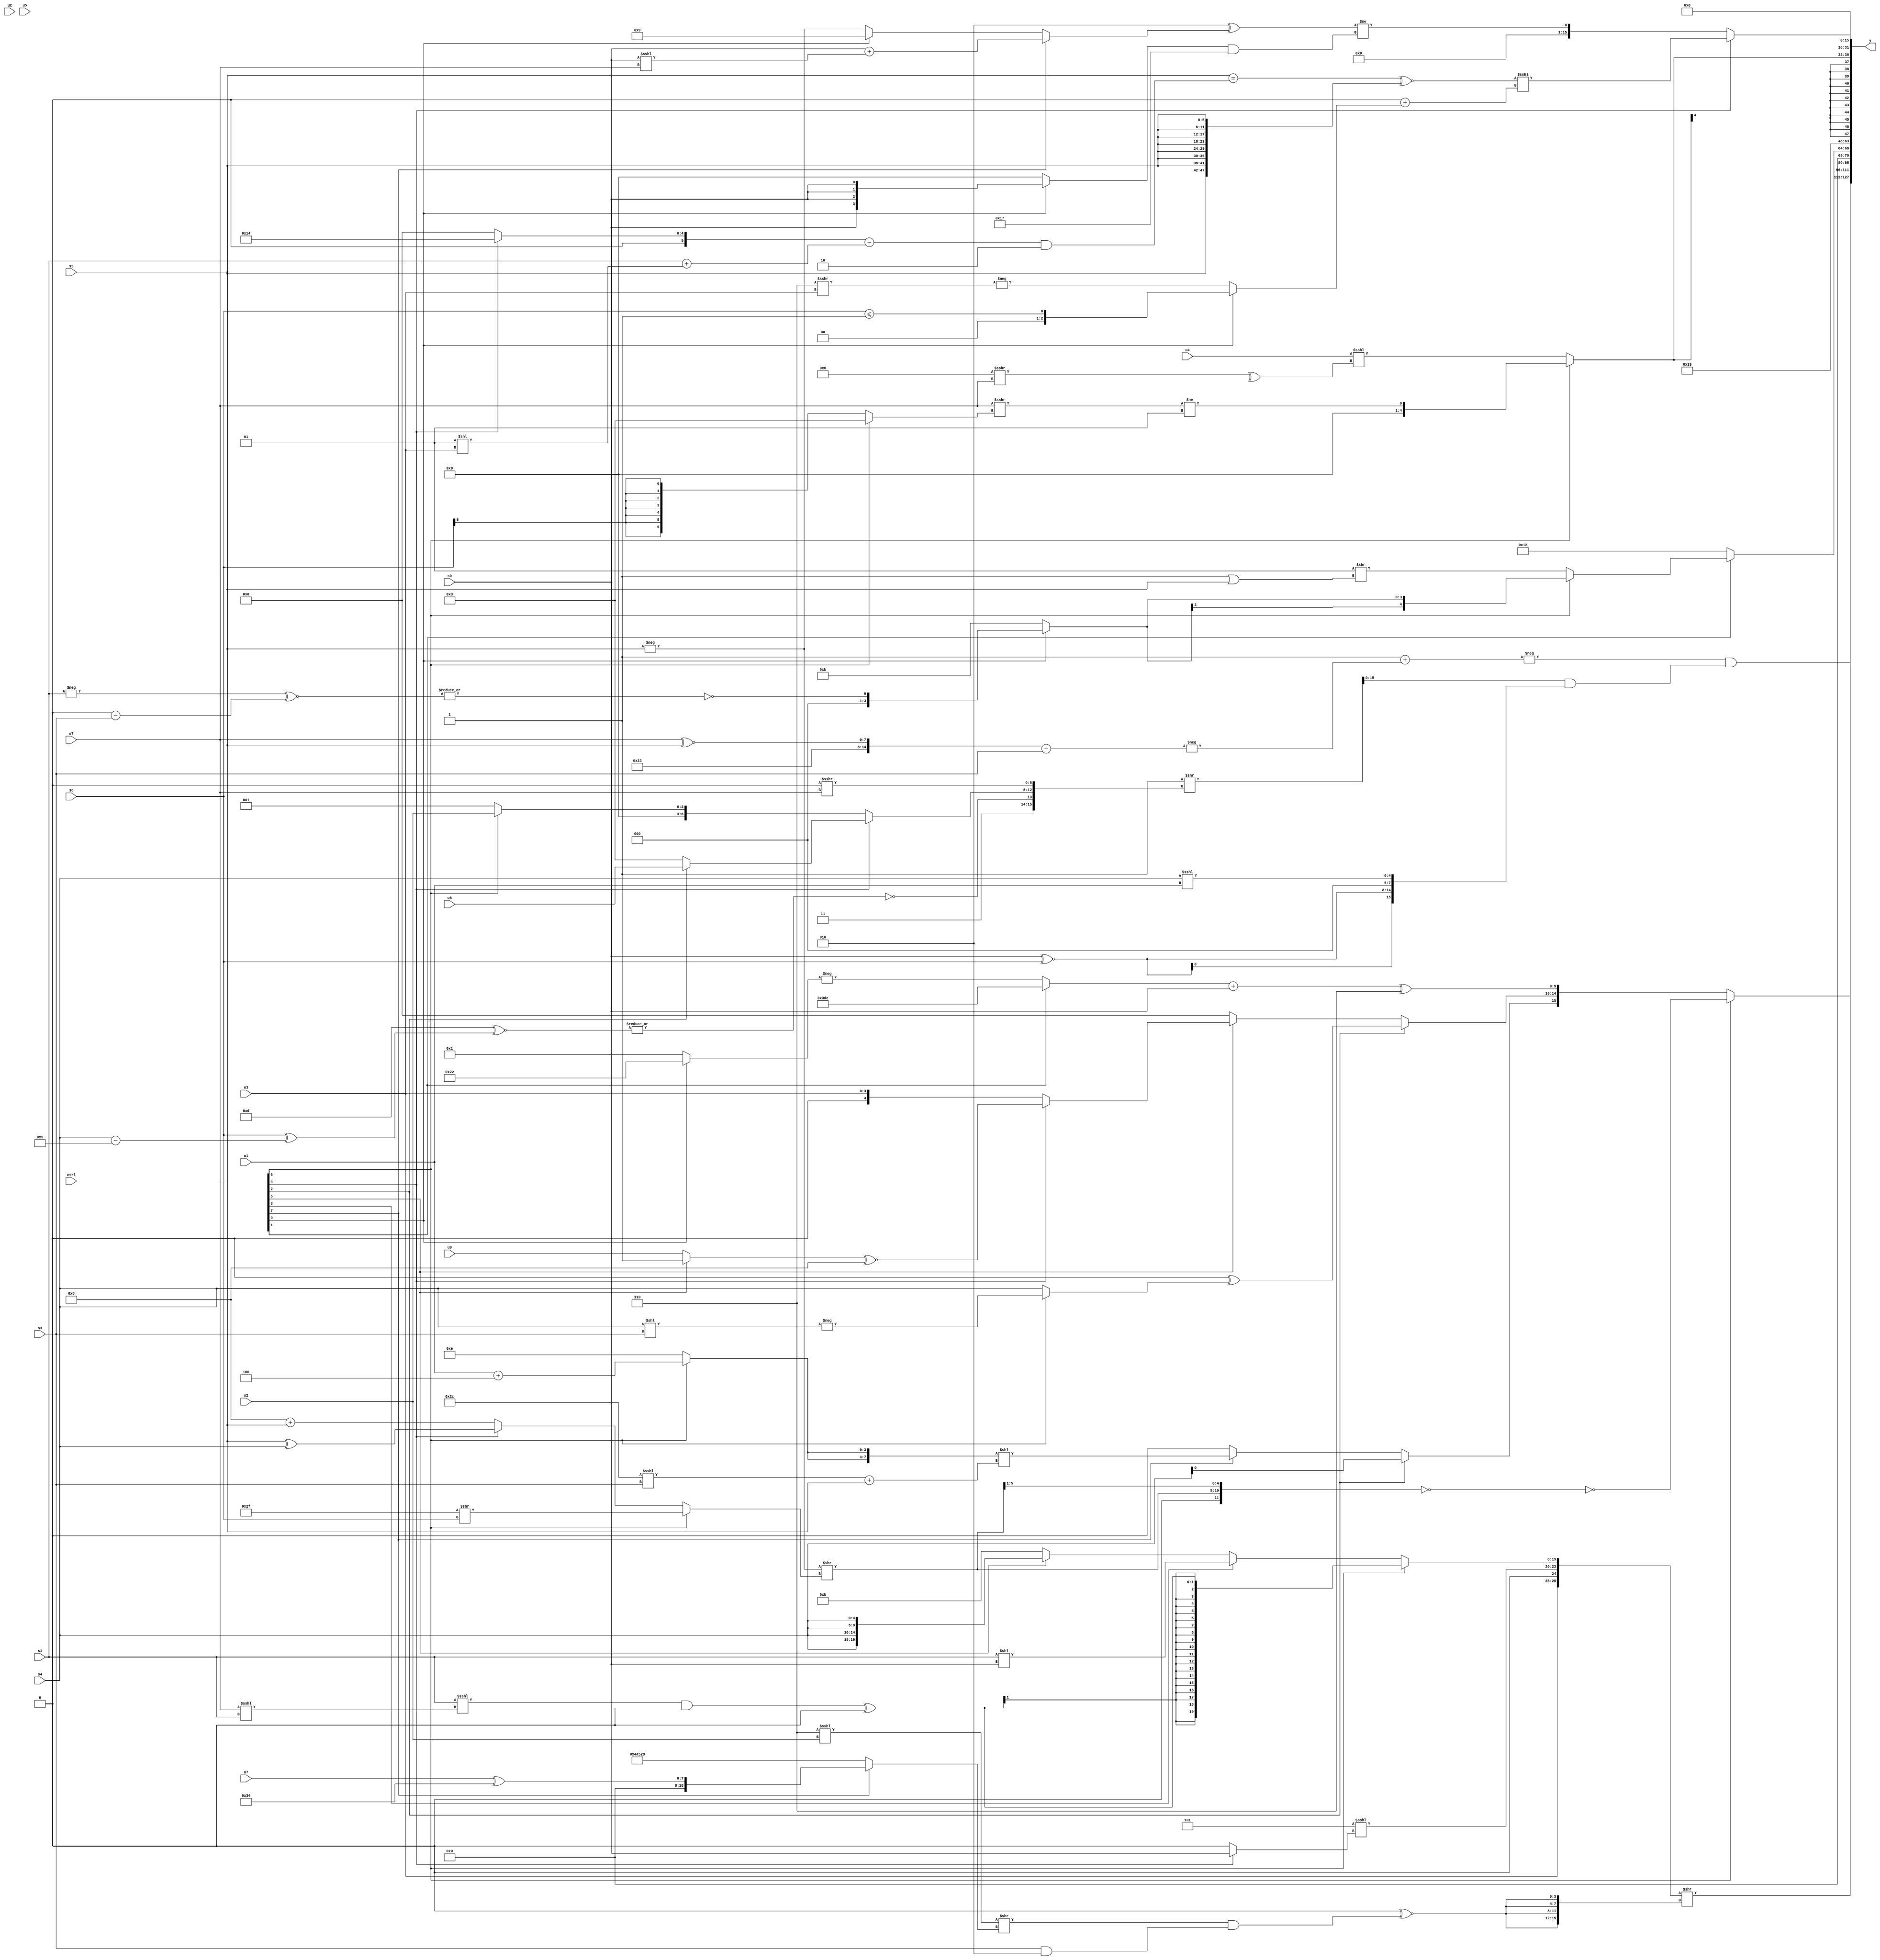
module wideexpr_00954(ctrl, u0, u1, u2, u3, u4, u5, u6, u7, s0, s1, s2, s3, s4, s5, s6, s7, y);
  input [7:0] ctrl;
  input [0:0] u0;
  input [1:0] u1;
  input [2:0] u2;
  input [3:0] u3;
  input [4:0] u4;
  input [5:0] u5;
  input [6:0] u6;
  input [7:0] u7;
  input signed [0:0] s0;
  input signed [1:0] s1;
  input signed [2:0] s2;
  input signed [3:0] s3;
  input signed [4:0] s4;
  input signed [5:0] s5;
  input signed [6:0] s6;
  input signed [7:0] s7;
  output [127:0] y;
  wire [15:0] y0;
  wire [15:0] y1;
  wire [15:0] y2;
  wire [15:0] y3;
  wire [15:0] y4;
  wire [15:0] y5;
  wire [15:0] y6;
  wire [15:0] y7;
  assign y = {y0,y1,y2,y3,y4,y5,y6,y7};
  assign y0 = (-((2'sb11)+(-(($signed({(2'sb00)>>>(4'sb0011),(6'sb100011)+(1'sb0),(s7)^~(s5)}))-(s3)))))&((($signed({4{({2{5'b11101}})<({2{6'b011101}})}}))>>({2'sb11,~|((5'sb01101)^~((+(s6))^((s4)-(6'sb000101)))),((ctrl[4]?+((ctrl[2]?u6:2'sb11)):(ctrl[6]?$signed(s2):2'sb01)))<<<(((ctrl[4]?$signed(u3):(s3)>>>(6'sb100011)))<<<($signed($unsigned(6'b000101)))),((-(+(3'b100)))&(($signed(6'sb101100))>>(4'sb1111)))>>>($unsigned(s7))}))&($signed({(+(5'sb01011))-(s7),{s5,(ctrl[5]?$signed((4'sb0110)>>(s4)):1'sb1)},{(s0)>=(2'sb00),{4{($signed(s0))^~(s6)}},$unsigned((3'sb010)>>($signed(3'sb111))),$signed($signed((s4)<<<(u1)))}})));
  assign y1 = ({u3,|(~({3{3'b111}})),(4'sb1101)<<<((ctrl[4]?s0:!(4'sb0111))),(ctrl[6]?($signed((($signed(s1))<<<((s7)<<<(s1)))&(((1'sb0)>>>(u3))>>(5'sb11111))))^($signed((ctrl[6]?$unsigned((2'sb11)>>(6'sb011010)):1'b0))):(ctrl[3]?(s1)<<(s0):$signed((ctrl[5]?{4{$unsigned(s4)}}:5'sb01011))))})>>({4{(+(((-($unsigned(4'sb1100)))>(+({2{1'sb0}})))&(($unsigned(1'b1))>>>(($unsigned(4'sb0010))<<((4'sb0101)!=(5'sb11001))))))^~((((3'sb110)<<<(s2))>>((ctrl[7]?$signed((u7)^(6'sb110100)):{4{$signed(5'sb01001)}})))&($signed(+((s3)&(3'sb010)))))}});
  assign y2 = (ctrl[6]?~(!(({2{(-(+(s5)))>>((ctrl[6]?$signed((6'sb101111)>>(s6)):(ctrl[4]?(s5)^(s4):(6'sb111000)+(s5))))}})>>(^(~|((({1'sb1,3'b110})^((6'b100001)|(5'b11101)))>>(+({2'sb01,6'sb010010,1'sb0}))))))):{~((s7)^((+((6'sb100010)|(s1)))^~((s0)>>(($signed((ctrl[3]?s1:1'b1)))&((5'sb10001)>>>(u4)))))),(ctrl[2]?s4:(ctrl[7]?(ctrl[2]?({{4{{s2}}},-(~(s0)),(6'sb101000)<<<((s0)+(3'sb110))})>=(({4{3'sb001}})-(3'sb111)):({2{(ctrl[6]?(u1)+(3'sb100):4'b1110)}})<<(((6'sb101100)<<<(s3))+(s5))):5'b10010)),$signed((ctrl[2]?(2'sb00)^(((ctrl[6]?-((s4)<<(s3)):s4))<<<(+((-(3'sb000))>=(+(2'sb01))))):(ctrl[5]?+((ctrl[4]?((ctrl[5]?2'sb01:u0))^~(-(5'sb11000)):u3)):$signed(3'sb000)))),(((ctrl[1]?$signed({2{-({2'sb00,3'sb010})}}):-((ctrl[0]?-({2{5'sb11110}}):3'sb001))))+(s0))^(5'sb00110)});
  assign y3 = {1{(ctrl[1]?(ctrl[6]?$signed((ctrl[0]?~|((-(s1))^~(((s3)<<(5'b10011))-(+(s3)))):4'sb1011)):(-(2'sb11))>>((2'sb11)|(s5))):-(5'sb01110))}};
  assign y4 = 5'b11001;
  assign y5 = $signed((ctrl[6]?((s7)>>>((ctrl[6]?(3'sb011)^~(2'sb11):(s6)>>>(4'sb1101))))!=(6'sb000001):(u4)<<<(^(($signed(4'sb0110))>>>(s7)))));
  assign y6 = (ctrl[4]?(((s5)==(+((((ctrl[4]?6'sb010100:(s1)<<<(6'b111001)))-((+(s1))+((2'sb01)<<(u3))))&(3'sb110))))^~({2{{4{s5}}}}))<<<((2'sb00)+($signed($unsigned((ctrl[0]?(s6)<=(5'sb11111):-(($signed(3'sb110))>>>(+(u3)))))))):{1{((+((-(2'sb10))^((ctrl[7]?($signed(s0))+((s0)<<<(s7)):(ctrl[0]?5'sb01001:-(s5))))))>>({1{+(2'sb00)}}))!=($signed(($signed((ctrl[0]?($signed(s0))>>>($signed(6'sb001000)):(+(4'sb1100))>>(-(6'b001110)))))&(5'sb10111)))}});
  assign y7 = ((ctrl[7]?((ctrl[5]?6'sb010100:$signed((((s7)^~(s6))>>>((ctrl[0]?5'sb11001:5'sb00101)))^(2'sb10))))&(1'sb1):2'sb00))<<(5'sb10001);
endmodule